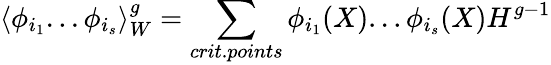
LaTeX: \langle\phi_{i_{1}}...\phi_{i_{s}}\rangle_{W}^{g}=\sum_{crit.points}\phi_{i_{1}}(X)...\phi_{i_{s}}(X)H^{g-1}